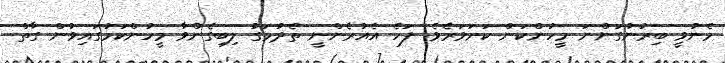
މެނުވީ ބިރުނުގަންނަ މީހުންކަން ކަށަވަރެވެ. ފަހެ އެއުރެންނީ ތެދުމަގު ލިބިގެންވާ މީހުންކަމުގައިވުން ގާތް